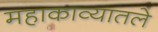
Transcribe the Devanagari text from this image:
महाकाव्यातले